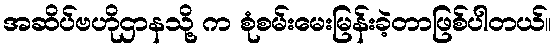
အဆိပ်ဗဟိုဌာနသို့ က စုံစမ်းမေးမြန်းခဲ့တာဖြစ်ပါတယ်။